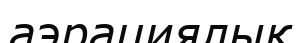
аэрациялық